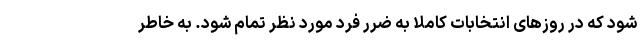
شود که در روزهای انتخابات کاملا به ضرر فرد مورد نظر تمام شود. به خاطر